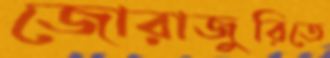
জোরাজুরিতে